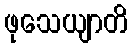
ဖုသေယျာတိ